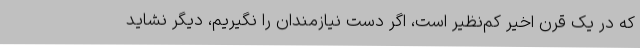
که در یک قرن اخیر کم‌نظیر است، اگر دست نیازمندان را نگیریم، دیگر نشاید